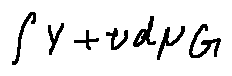
\int Y + v d \mu _ { G }